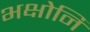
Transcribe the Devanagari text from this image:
भक्षोनि